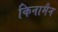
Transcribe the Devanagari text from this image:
किनामैन